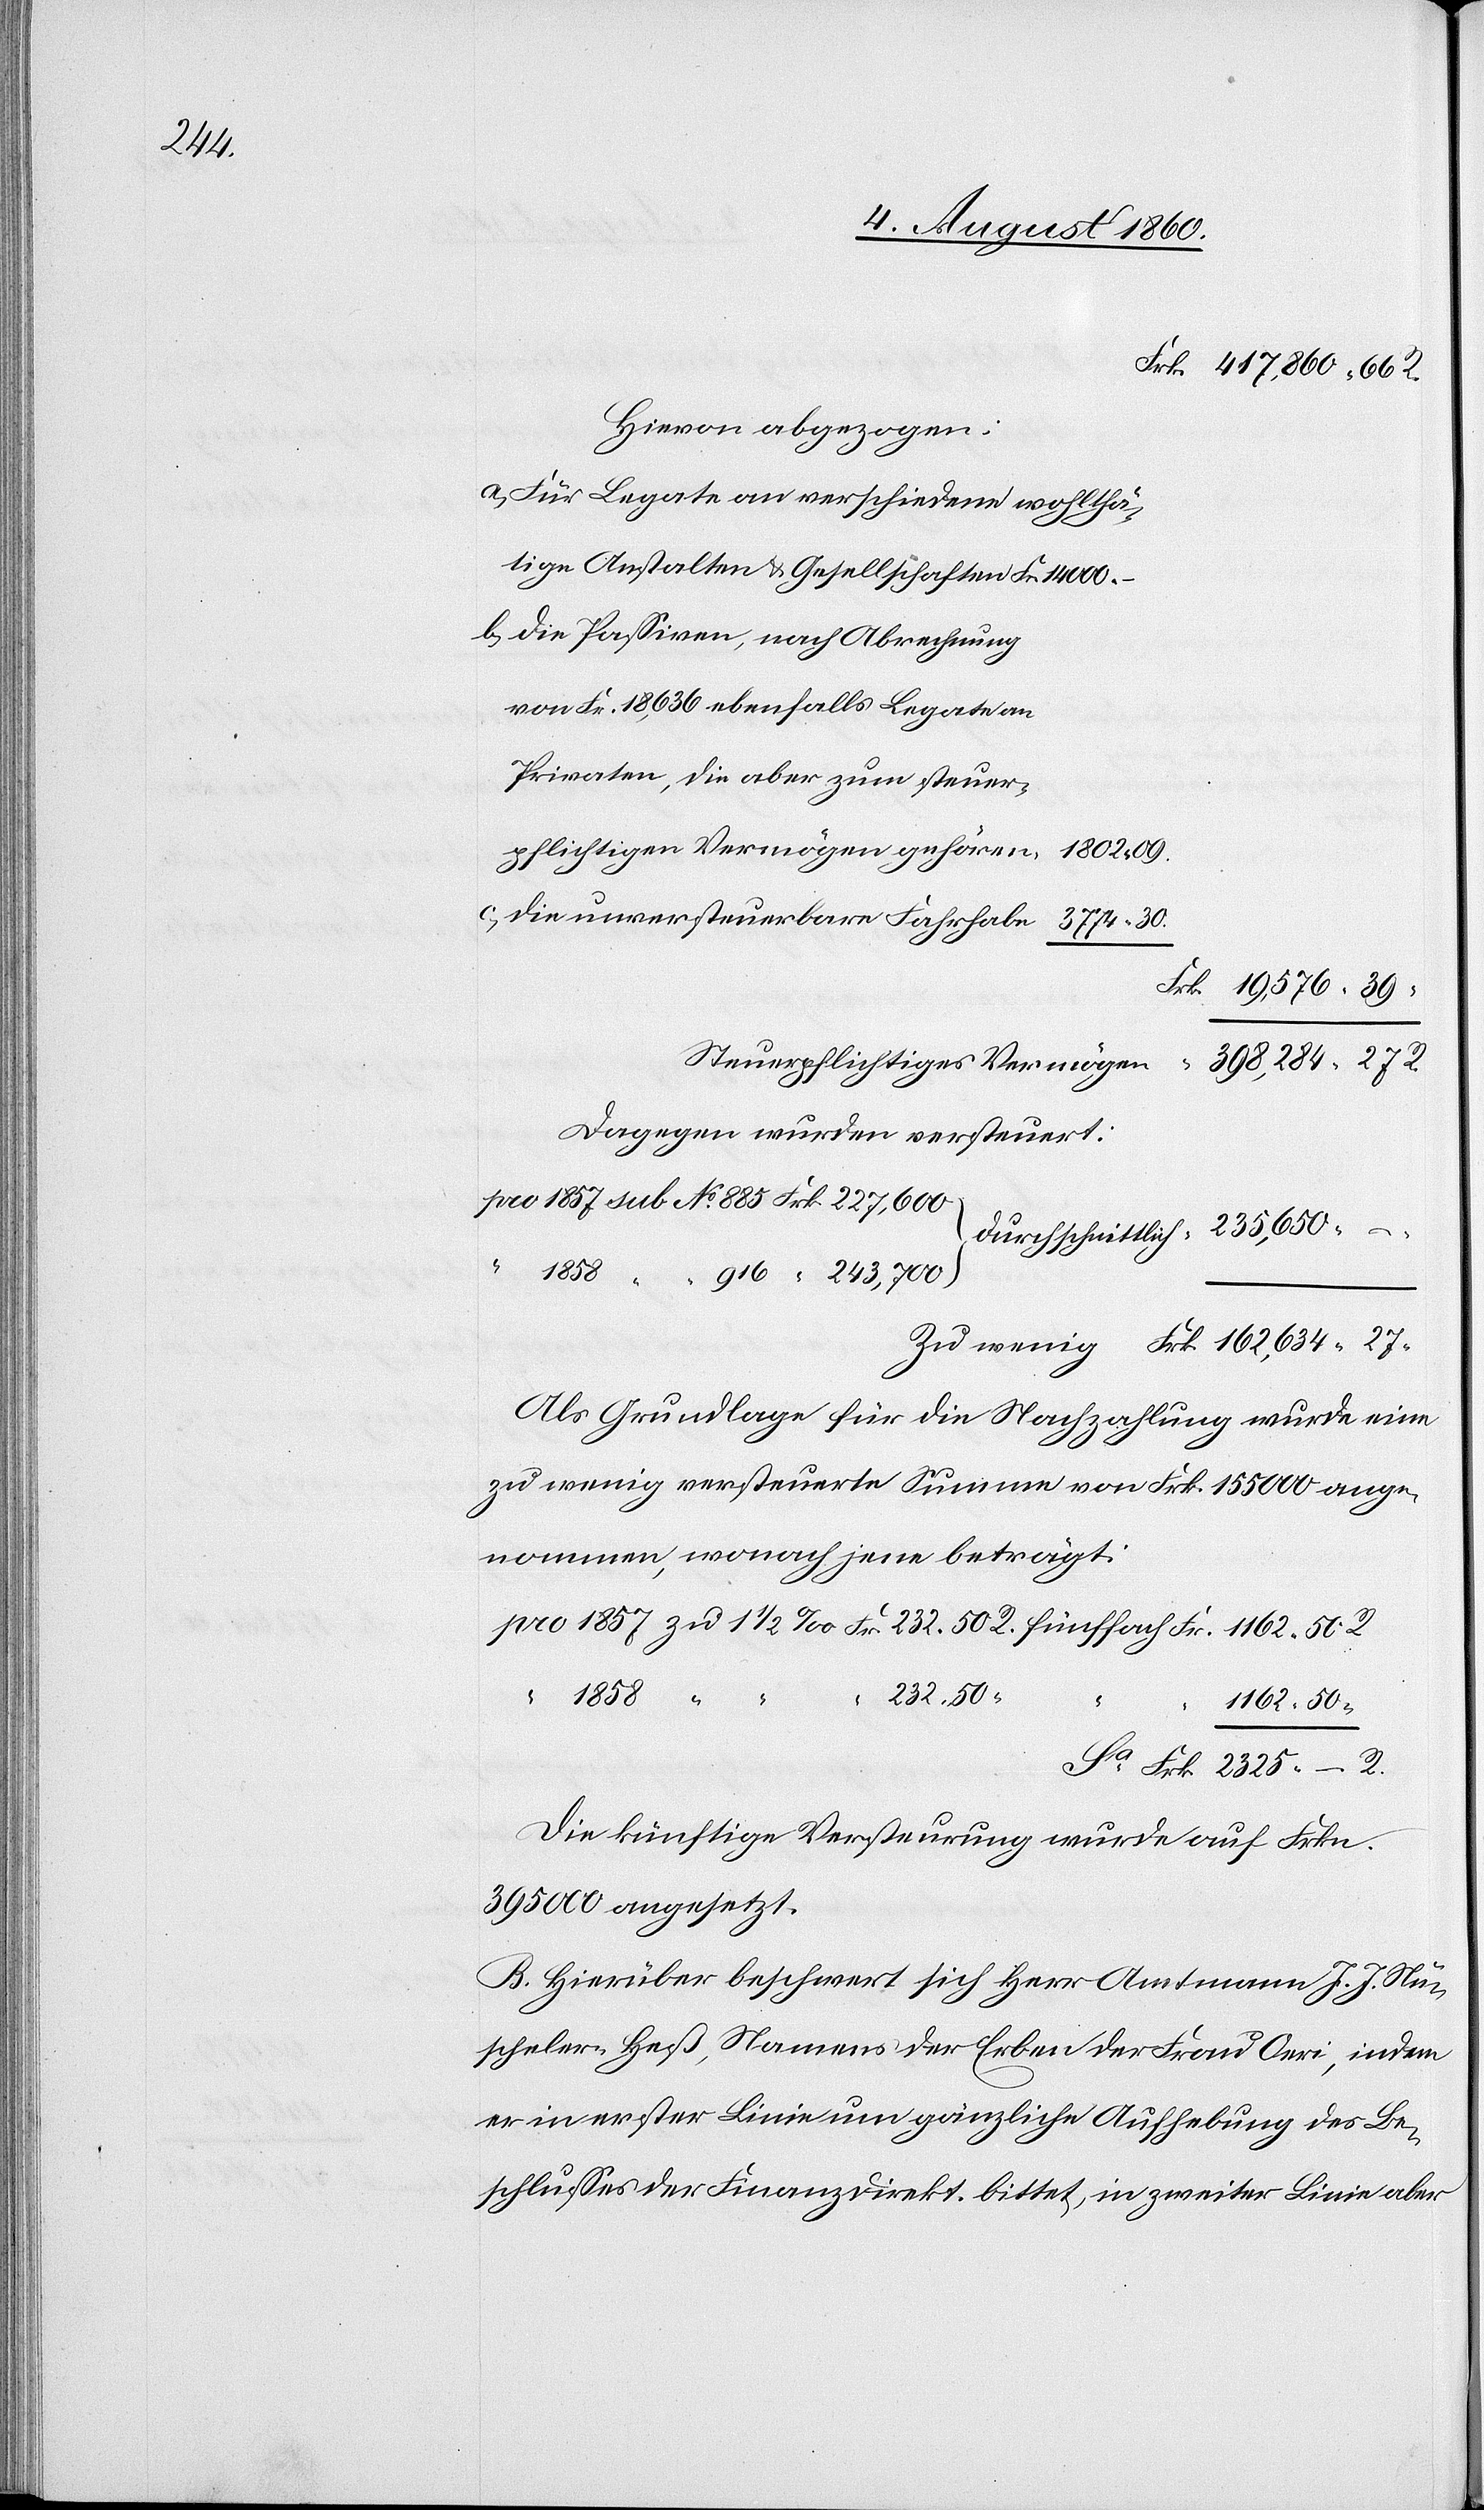
1162.

Hievon abgezogen:
a. Für Legate an verschiedene wohlthä¬
tige Anstalten u. Gesellschaften
b. Die Passiven, nach Abrechnung
von fcs. 18,636. ebenfalls Legate an
Privaten, die aber zum steuer¬
pflichtigen Vermögen gehören
c. die unversteuerbare Fahrhabe
Dagegen wurden versteuert
Durchschnittlich
Als Grundlage für die Nachzahlung wurde eine
zu wenig versteuerte Summe von fcs. 155 000 ange¬
nommen, wonach jene beträgt:
50.
Die künftige Versteuerung wurde auf fcs.
395,000 angesetzt.
B. Hierüber beschwert sich Hr. Amtmann J. J. Nü¬
scheler-Hess. Namens der Erben der Frau Oeri, indem
er in erster Linie um gänzliche Aufhebung desselben